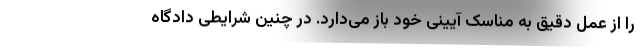
را از عمل دقیق به مناسک آیینی خود باز می‌دارد. در چنین شرایطی دادگاه